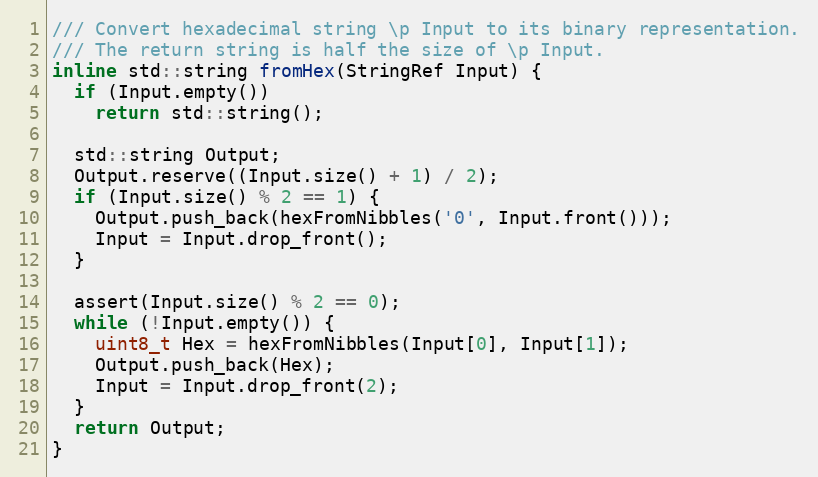
Language: C
/// Convert hexadecimal string \p Input to its binary representation.
/// The return string is half the size of \p Input.
inline std::string fromHex(StringRef Input) {
  if (Input.empty())
    return std::string();

  std::string Output;
  Output.reserve((Input.size() + 1) / 2);
  if (Input.size() % 2 == 1) {
    Output.push_back(hexFromNibbles('0', Input.front()));
    Input = Input.drop_front();
  }

  assert(Input.size() % 2 == 0);
  while (!Input.empty()) {
    uint8_t Hex = hexFromNibbles(Input[0], Input[1]);
    Output.push_back(Hex);
    Input = Input.drop_front(2);
  }
  return Output;
}